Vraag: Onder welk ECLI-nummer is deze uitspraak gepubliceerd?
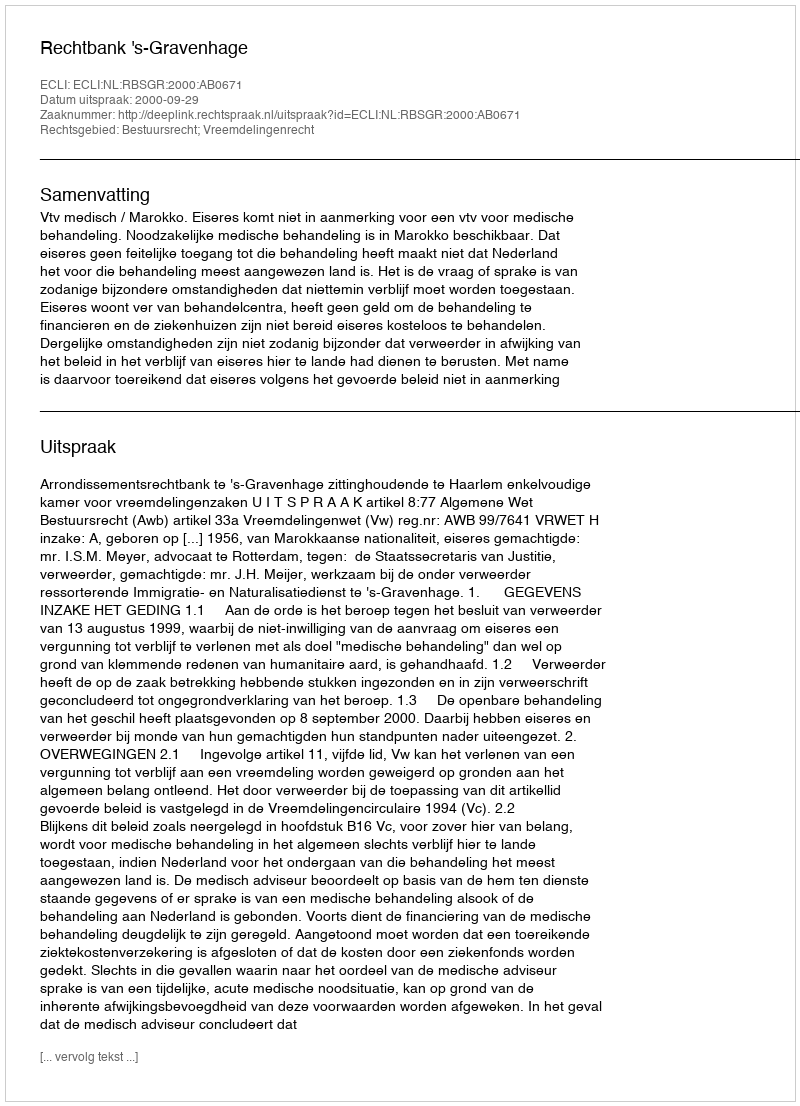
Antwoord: ECLI:NL:RBSGR:2000:AB0671